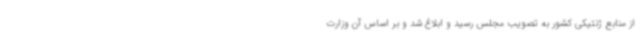
از منابع ژنتیکی کشور به تصویب مجلس رسید و ابلاغ شد و بر اساس آن وزارت